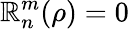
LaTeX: \mathbb{R}_{n}^{m}(\rho)=0